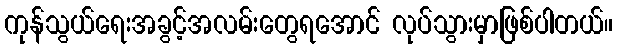
ကုန်သွယ်ရေးအခွင့်အလမ်းတွေရအောင် လုပ်သွားမှာဖြစ်ပါတယ်။